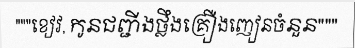
"""ខៀវ, កូនជញ្ជីងថ្លឹងគ្រឿងញៀនចំនួន"""